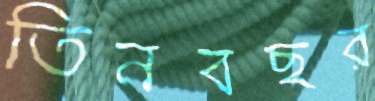
তিনবছর